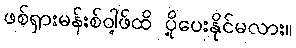
ဖစ်ရှားမန်းစ်ဝါ့ဖ်ထိ ပို့ပေးနိုင်မလား။